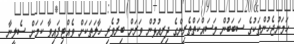
ހަމަނުޖެހުންތަކުގެ ސަބަބުން މަސައްކަތްތެރިންގެ ދިރިއުޅުން ވަރަށް ބިރުވެރި ހާލަތަކަށް ވެއްޓިފައިވާ ކަމަށް ސެލީނާ